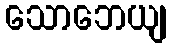
သောဘေယျ